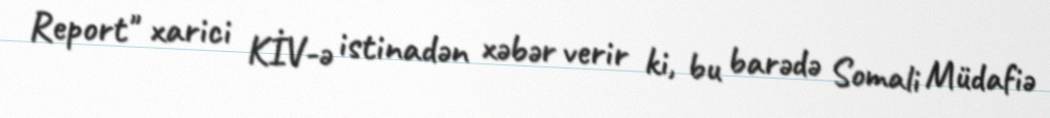
Report" xarici KİV-ə istinadən xəbər verir ki, bu barədə Somali Müdafiə